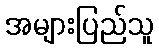
အများပြည်သူ